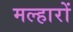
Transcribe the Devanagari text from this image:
मल्हारों